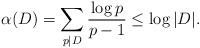
LaTeX: \begin{align*} \alpha(D)=\sum_{p\mid D} \frac{\log{p}}{p-1}\le \log{|D|}.\end{align*}